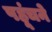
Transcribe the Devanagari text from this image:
पहूंचने